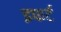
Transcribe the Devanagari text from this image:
इफर्ट